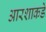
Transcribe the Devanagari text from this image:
आरशाकडे